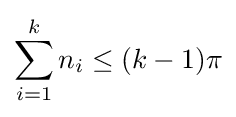
\sum _{i=1}^{k}n_{i}\leq (k-1)\pi